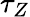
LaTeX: \tau_{Z}